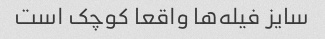
سایز فیله‌ها واقعا کوچک است